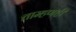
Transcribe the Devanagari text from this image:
ताम्हणही